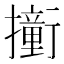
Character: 𫝿